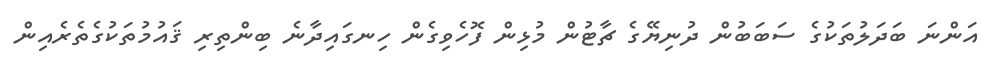
އަންނަ ބަދަލުތަކުގެ ސަބަބުން ދުނިޔޭގެ ޗާޓުން މުޅިން ފޮހެވިގެން ހިނގައިދާނެ ބިންތިރި ޤައުމުތަކުގެތެރެއިން